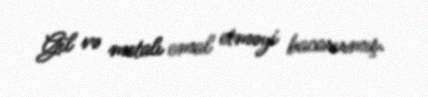
Gil və metalı emal etməyi bacarırmış.